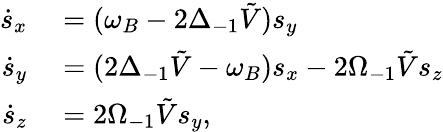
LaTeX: \begin{array}{rl}{\dot{s}_{x}}&{{}=(\omega_{B}-2\Delta_{-1}\tilde{V})s_{y}}\\ {\dot{s}_{y}}&{{}=(2\Delta_{-1}\tilde{V}-\omega_{B})s_{x}-2\Omega_{-1}\tilde{V}s_{z}}\\ {\dot{s}_{z}}&{{}=2\Omega_{-1}\tilde{V}s_{y},}\end{array}